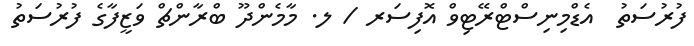
ފުރުސަތު  އެޑްމިނިސްޓްރޭޓިވް އޮފިސަރ / ލ. މާމެންދޫ ބްރާންޗް ވަޒީފާގެ ފުރުސަތު